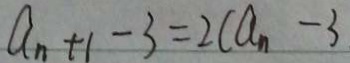
a _ { n + 1 } - 3 = 2 ( a _ { n } - 3